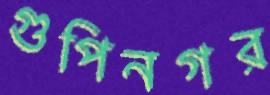
গুপিনগর